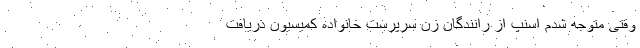
وقتی متوجه شدم اسنپ از رانندگان زن سرپرست خانواده کمیسیون دریافت